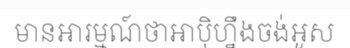
មានអារម្មណ៍ថាអាប៉ិហ្នឹងចង់អូស